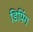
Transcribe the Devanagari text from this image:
डिपिंग